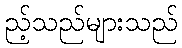
ည့်သည်များသည်